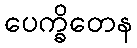
ပေက္ခိတေန